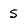
Character: 5